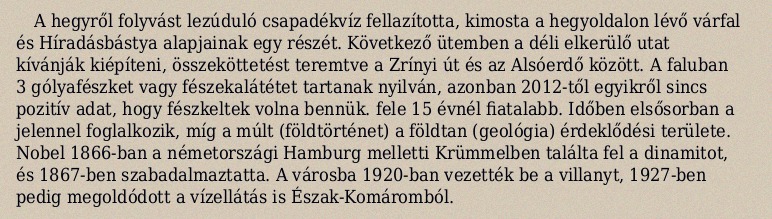
A hegyről folyvást lezúduló csapadékvíz fellazította, kimosta a hegyoldalon lévő várfal és Híradásbástya alapjainak egy részét. Következő ütemben a déli elkerülő utat kívánják kiépíteni, összeköttetést teremtve a Zrínyi út és az Alsóerdő között. A faluban 3 gólyafészket vagy fészekalátétet tartanak nyilván, azonban 2012-től egyikről sincs pozitív adat, hogy fészkeltek volna bennük. fele 15 évnél fiatalabb. Időben elsősorban a jelennel foglalkozik, míg a múlt (földtörténet) a földtan (geológia) érdeklődési területe. Nobel 1866-ban a németországi Hamburg melletti Krümmelben találta fel a dinamitot, és 1867-ben szabadalmaztatta. A városba 1920-ban vezették be a villanyt, 1927-ben pedig megoldódott a vízellátás is Észak-Komáromból.